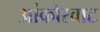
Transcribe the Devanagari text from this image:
आंकोरवाट